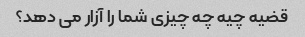
قضیه چیه چه چیزی شما را آزار می دهد؟